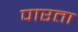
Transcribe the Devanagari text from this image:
पारता